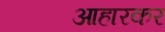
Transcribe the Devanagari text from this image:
आहारकर